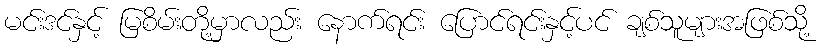
မင်းဒင်နှင့် မြစိမ်းတို့မှာလည်း နောက်ရင်း ပြောင်ရင်းနှင့်ပင် ချစ်သူများအဖြစ်သို့